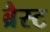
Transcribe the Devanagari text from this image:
ब्रैस्ट